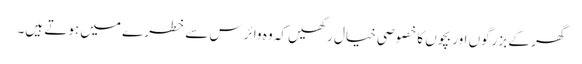
گھر کے بزرگوں اور بچوں کا خصوصی خیال رکھیں کہ وہ وائرس سے خطرے میں ہوتے ہیں۔